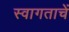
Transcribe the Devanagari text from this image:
स्वागताचें